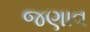
જણાવ